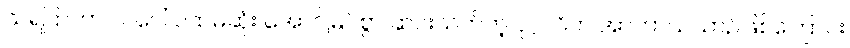
သရဲပြာဟာ လပေါ် ပထမဆုံး အောင်မြင်စွာ ဆင်းသက်တဲ့ ပုဂ္ဂလိက အာကာသယာဉ်ဖြစ်ကြောင်း